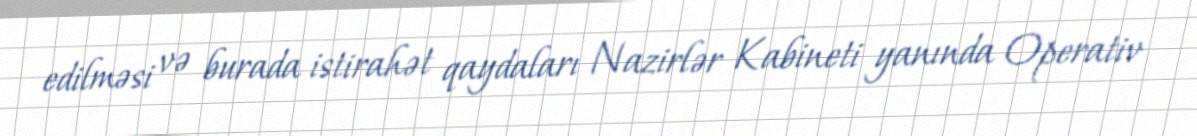
edilməsi və burada istirahət qaydaları Nazirlər Kabineti yanında Operativ